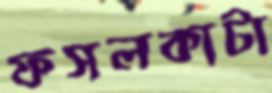
ফসলকাটা